Vaccination report Assam 1874-1896 - 1874-1896
Year: 1874
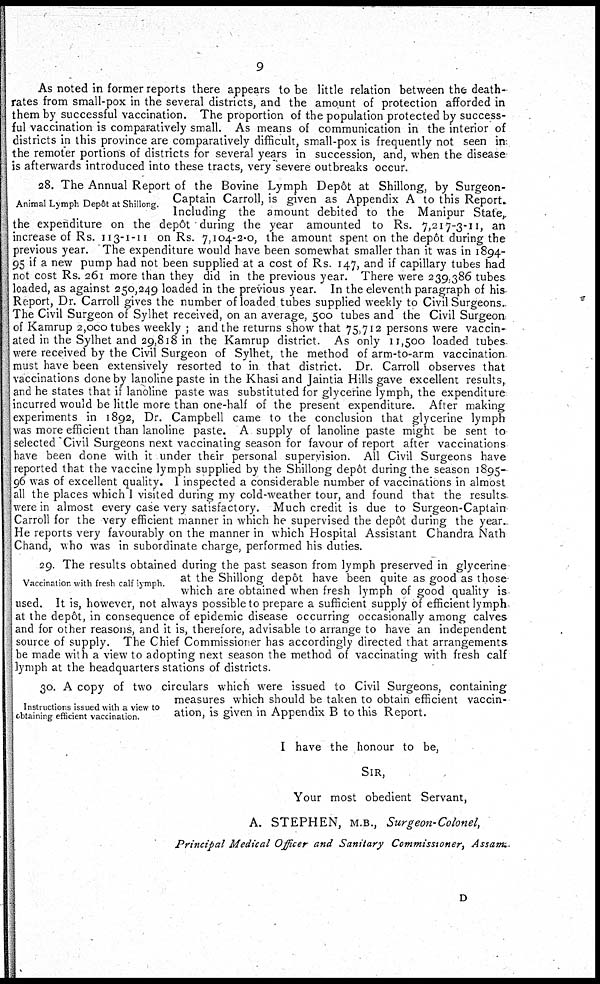
9
As noted in former reports there appears to be little relation between the death-
rates from small-pox in the several districts, and the amount of protection afforded in
them by successful vaccination. The proportion of the population protected by success-
ful vaccination is comparatively small. As means of communication in the interior of
districts in this province are comparatively difficult, small-pox is frequently not seen in
the remoter portions of districts for several years in succession, and, when the disease
is afterwards introduced into these tracts, very severe outbreaks occur.
Animal Lymph Depôt at Shillong.
28. The Annual Report of the Bovine Lymph Depôt at Shillong, by Surgeon-
Captain Carroll, is given as Appendix A to this Report.
Including the amount debited to the Manipur State,
the expenditure on the depôt during the year amounted to Rs. 7,217-3-11, an
increase of Rs. 113-1-11 on Rs. 7,104-2-0, the amount spent on the depôt during the
previous year. The expenditure would have been somewhat smaller than it was in 1894-
95 if a new pump had not been supplied at a cost of Rs. 147, and if capillary tubes had
not cost Rs. 261 more than they did in the previous year. There were 239,386 tubes
loaded, as against 250,249 loaded in the previous year. In the eleventh paragraph of his
Report, Dr. Carroll gives the number of loaded tubes supplied weekly to Civil Surgeons.
The Civil Surgeon of Sylhet received, on an average, 500 tubes and the Civil Surgeon
of Kamrup 2,000 tubes weekly ; and the returns show that 75,712 persons were vaccin-
ated in the Sylhet and 29,818 in the Kamrup district. As only 11,500 loaded tubes
were received by the Civil Surgeon of Sylhet, the method of arm-to-arm vaccination
must have been extensively resorted to in that district. Dr. Carroll observes that
vaccinations done by lanoline paste in the Khasi and Jaintia Hills gave excellent results,
and he states that if lanoline paste was substituted for glycerine lymph, the expenditure
incurred would be little more than one-half of the present expenditure. After making
experiments in 1892, Dr. Campbell came to the conclusion that glycerine lymph
was more efficient than lanoline paste. A supply of lanoline paste might be sent to
selected Civil Surgeons next vaccinating season for favour of report after vaccinations
have been done with it under their personal supervision. All Civil Surgeons have
reported that the vaccine lymph supplied by the Shillong depôt during the season 1895-
96 was of excellent quality. I inspected a considerable number of vaccinations in almost
all the places which I visited during my cold-weather tour, and found that the results
were in almost every case very satisfactory. Much credit is due to Surgeon-Captain
Carroll for the very efficient manner in which he supervised the depôt during the year.
He reports very favourably on the manner in which Hospital Assistant Chandra Nath
Chand, who was in subordinate charge, performed his duties.
Vaccination with fresh calf lymph.
29. The results obtained during the past season from lymph preserved in glycerine
at the Shillong depôt have been quite as good as those-
which are obtained when fresh lymph of good quality is
used. It is, however, not always possible to prepare a sufficient supply of efficient lymph
at the depôt, in consequence of epidemic disease occurring occasionally among calves
and for other reasons, and it is, therefore, advisable to arrange to have an independent
source of supply. The Chief Commissioner has accordingly directed that arrangements
be made with a view to adopting next season the method of vaccinating with fresh calf
lymph at the headquarters stations of districts.
Instructions issued with a view to
obtaining efficient vaccination.
30. A copy of two circulars which were issued to Civil Surgeons, containing
measures which should be taken to obtain efficient vaccin-
ation, is given in Appendix B to this Report.
I have the honour to be,
SIR,
Your most obedient Servant,
A. STEPHEN, M.B., Surgeon-Colonel,
Principal Medical Officer and Sanitary Commissioner, Assam
D